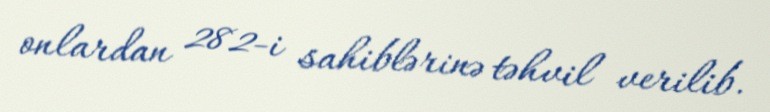
onlardan 282-i sahiblərinə təhvil verilib.